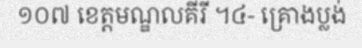
១០៧ ខេត្តមណ្ឌលគីរី ។៤- គ្រោងប្លង់